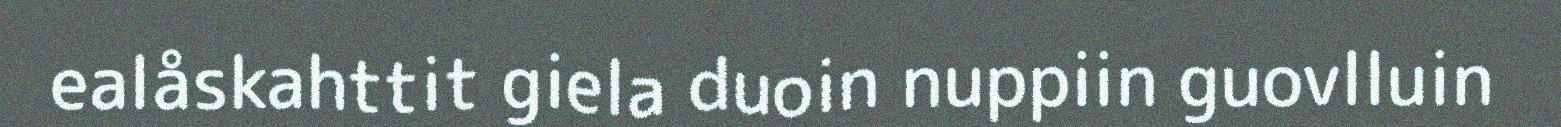
ealåskahttit giela duoin nuppiin guovlluin